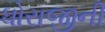
ધોરાજીની